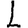
Digit: 1